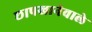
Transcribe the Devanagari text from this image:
छापखानेवाले